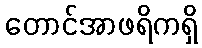
တောင်အာဖရိကရှိ